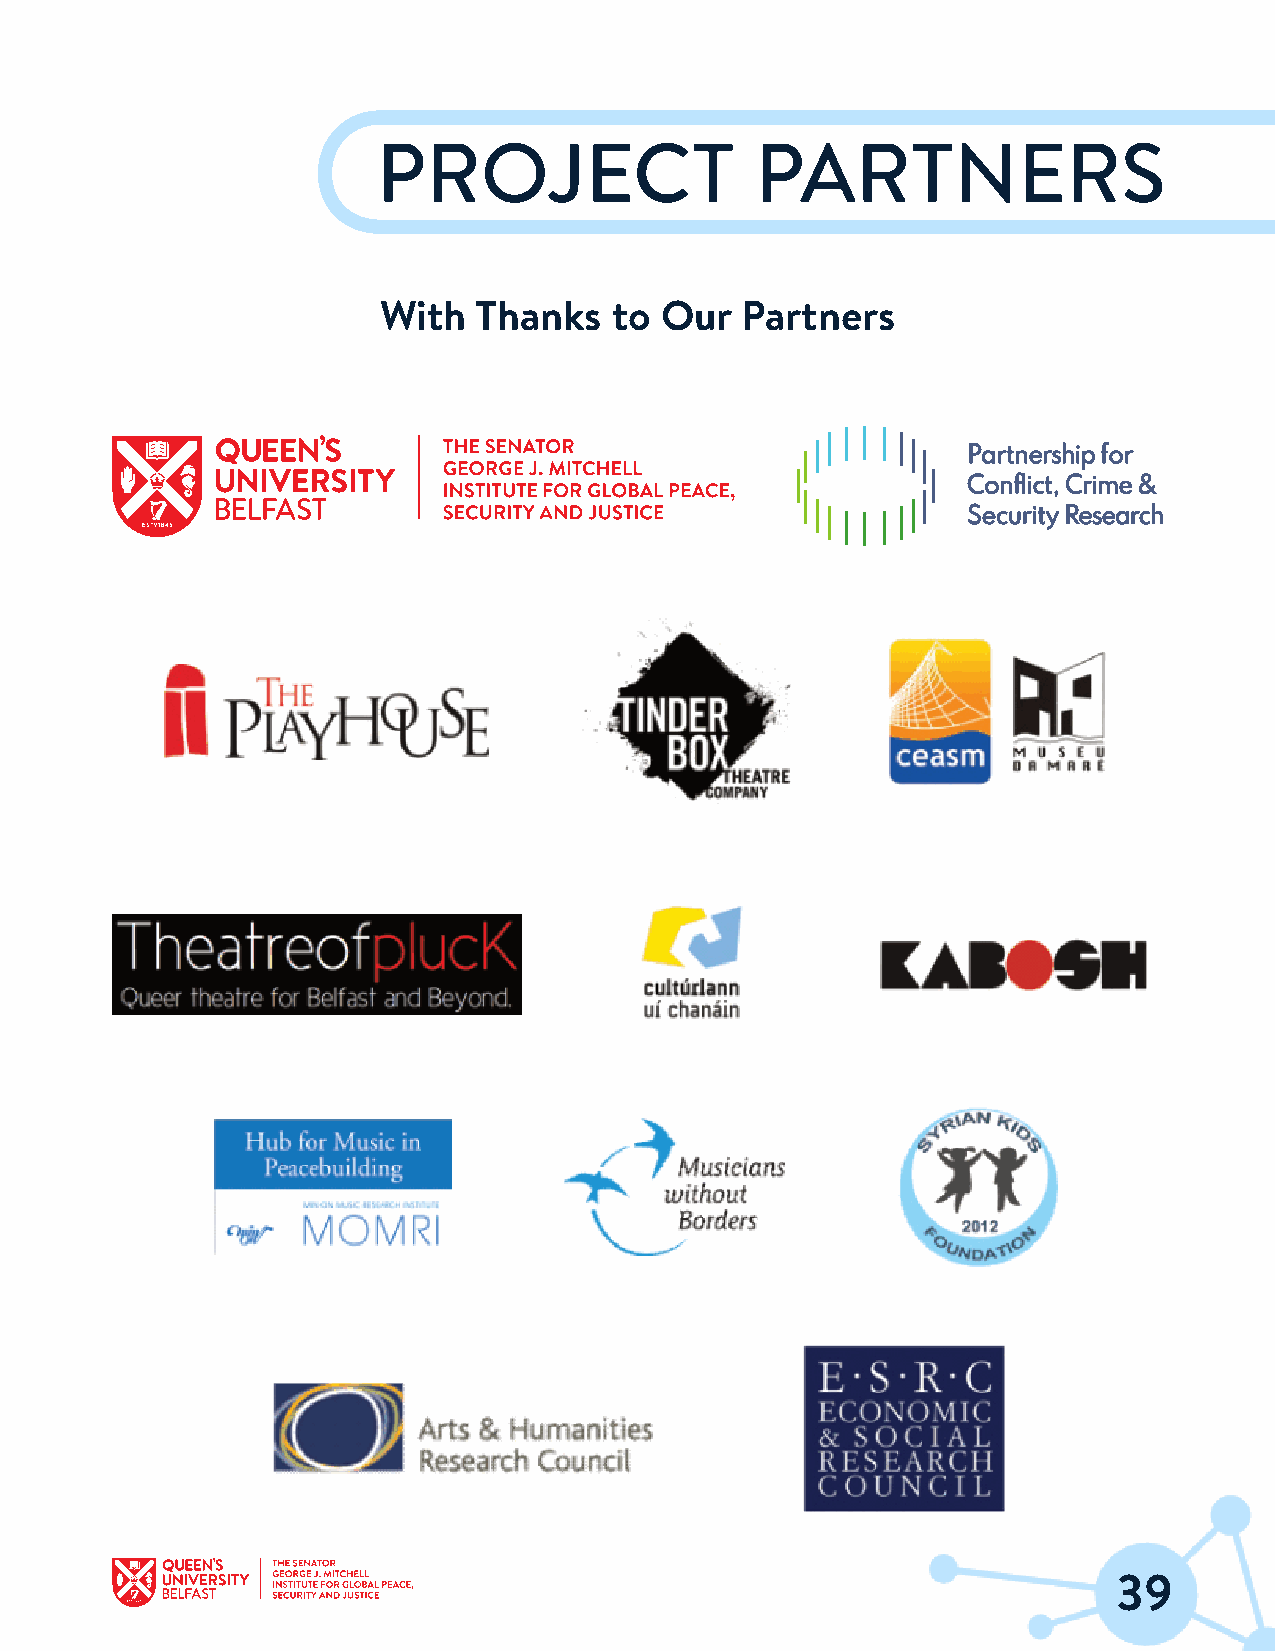
PROJECT                  PARTNERS
 With  Thanks   to  Our  Partners
 3399